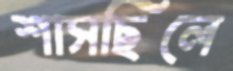
শাসছিলে